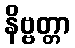
နိဗ္ဗတ္တာ